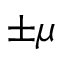
\pm \mu